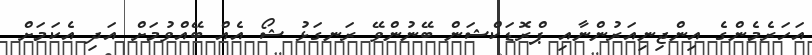
އަހަރެމެންގެ އިންޖިނިއަރުންނާއި ޕްރޮޑަކްޝަން ބޭނުންވޭ ރަނގަޅު ޝޯ އެއް ބޭއްވުމަށް އަދި އެކަމަށް